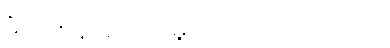
မီလ်တန်အယ်လ်မူလာက ပြောပါတယ်။